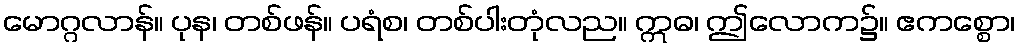
မောဂ္ဂလာန်။ ပုန၊ တစ်ဖန်။ ပရံစ၊ တစ်ပါးတုံလည။ ဣဓ၊ ဤလောက၌။ ဧကစ္စော၊